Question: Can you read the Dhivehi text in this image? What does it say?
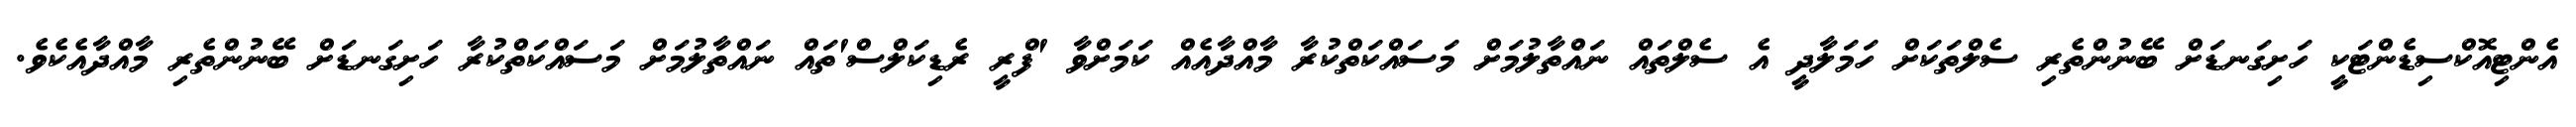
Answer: އެންޓިއޮކްސިޑެންޓަކީ ހަށިގަނޑަށް ބޭނުންތެރި ސެލްތަކަށް ހަމަލާދީ އެ ސެލްތައް ނައްތާލުމަށް މަސައްކަތްކުރާ މާއްދާއެއް ކަމަށްވާ 'ފްރީ ރެޑިކަލްސް'ތައް ނައްތާލުމަށް މަސައްކަތްކުރާ ހަށިގަނޑަށް ބޭނުންތެރި މާއްދާއެކެވެ.